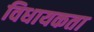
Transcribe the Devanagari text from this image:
विधायकता